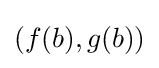
(f(b),g(b))